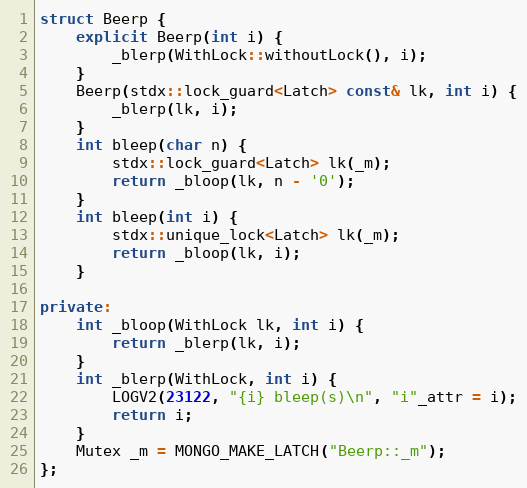
Language: C++
struct Beerp {
    explicit Beerp(int i) {
        _blerp(WithLock::withoutLock(), i);
    }
    Beerp(stdx::lock_guard<Latch> const& lk, int i) {
        _blerp(lk, i);
    }
    int bleep(char n) {
        stdx::lock_guard<Latch> lk(_m);
        return _bloop(lk, n - '0');
    }
    int bleep(int i) {
        stdx::unique_lock<Latch> lk(_m);
        return _bloop(lk, i);
    }

private:
    int _bloop(WithLock lk, int i) {
        return _blerp(lk, i);
    }
    int _blerp(WithLock, int i) {
        LOGV2(23122, "{i} bleep(s)\n", "i"_attr = i);
        return i;
    }
    Mutex _m = MONGO_MAKE_LATCH("Beerp::_m");
};